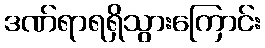
ဒဏ်ရာရရှိသွားကြောင်း